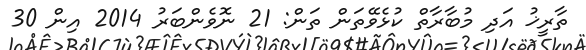
ތާރީޚު އަދި މުބާރާތް ކުޅެވޭތަން ތަން: 21 ނޮވެންބަރު 2014 އިން 30